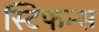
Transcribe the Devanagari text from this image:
स्टिफन्स